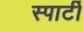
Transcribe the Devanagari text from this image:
स्पार्टी